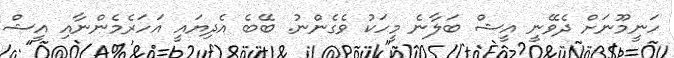
ހަނީމޫނަށް ދެވޭނީ އީޝް ބަލާނެ މީހަކު ވެގެންނު. ބޭބެ އެދިޔައީ އަހަރެމެންނާއި އީޝް